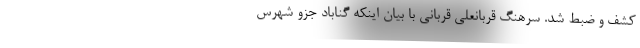
کشف و ضبط شد. سرهنگ قربانعلی قربانی با بیان اینکه گناباد جزو شهرس